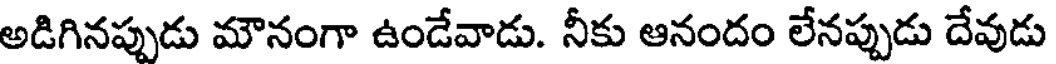
అడిగినప్పుడు మౌనంగా ఉండేవాడు. నీకు ఆనందం లేనప్పుడు దేవుడు